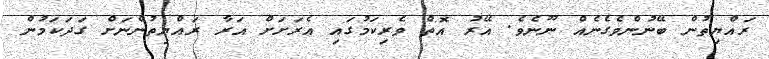
ރައްޔިތުން ބޭނުންވެގެނެއް ނޫނެވެ. އޭރު އޮތް ވެރިކަމުގައި އެރަށަށް އަރާ ރައްޔިތުންނަށް ގަދަކަމުން